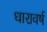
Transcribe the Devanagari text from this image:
धारावर्ष